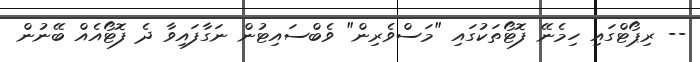
-- ރިޕޯޓްގައި ހިމެނޭ ފޮޓޯތަކުގައި "މަސްވެރިން" ވެބްސައިޓުން ނަގާފައިވާ ދެ ފޮޓޯއެއް ބޭނުން